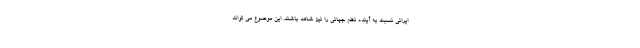
ایرانی نسبت به آینده نظم جهانی را نیز شاهد باشند. این موضوع می تواند